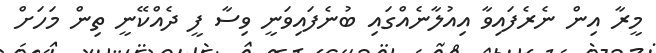
މީރާ އިން ނެރެފައިވާ އިއުލާނެއްގައި ބުނެފައިވަނީ ވިސާ ފީ ދެއްކޭނީ ތިން މަހަށް